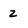
Character: 2